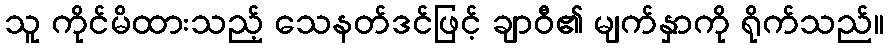
သူ ကိုင်မိထားသည့် သေနတ်ဒင်ဖြင့် ချာဝီ၏ မျက်နှာကို ရိုက်သည်။